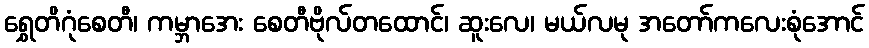
ရွှေတိဂုံစေတီ၊ ကမ္ဘာအေး စေတီဗိုလ်တထောင်၊ ဆူးလေ၊ မယ်လမု အတော်ကလေးစုံအောင်